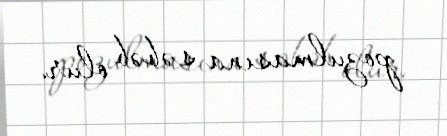
pozulmasına səbəb olur.